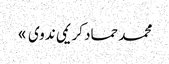
محمد حماد کریمی ندوی »